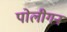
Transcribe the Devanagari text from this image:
पोलीगन